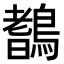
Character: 𪄖